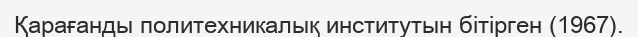
Қарағанды политехникалық институтын бітірген (1967).